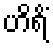
ဟိရိံ